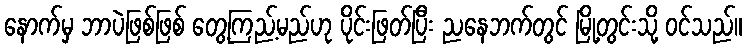
နောက်မှ ဘာပဲဖြစ်ဖြစ် တွေ့ကြည့်မည်ဟု ပိုင်းဖြတ်ပြီး ညနေဘက်တွင် မြို့တွင်းသို့ ဝင်သည်။